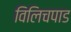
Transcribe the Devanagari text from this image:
विलिचपाड